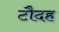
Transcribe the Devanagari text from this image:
टौदह